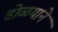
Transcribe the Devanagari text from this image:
डोळयाने